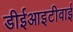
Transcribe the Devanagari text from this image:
डीईआइटीवाई